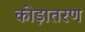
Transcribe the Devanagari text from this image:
कोड़ातरण